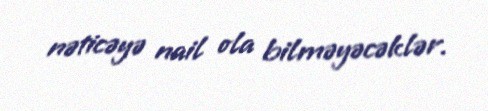
nəticəyə nail ola bilməyəcəklər.